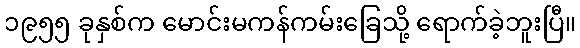
၁၉၅၅ ခုနှစ်က မောင်းမကန်ကမ်းခြေသို့ ရောက်ခဲ့ဘူးပြီ။